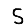
Digit: 5